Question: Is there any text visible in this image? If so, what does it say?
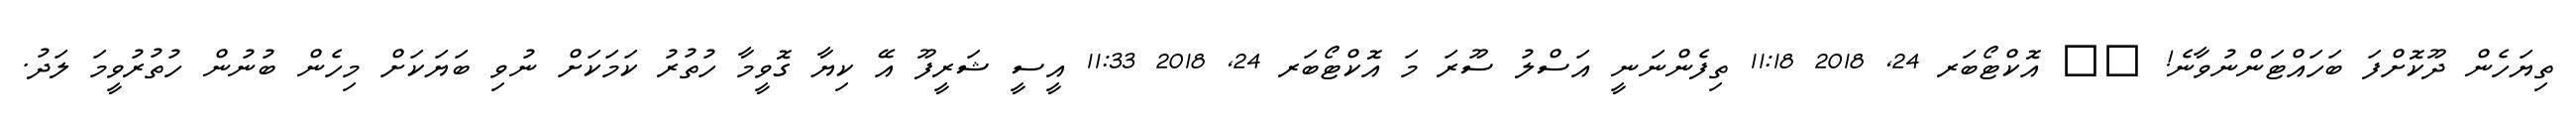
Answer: ތިޔަހެން ދޫކޮށްފަ ބަހައްޓަންނުވާނެ! ?? އޮކްޓޯބަރ 24, 2018 11:18 ތިފެންނަނީ އަސްލު ސޫރަ މަ އޮކްޓޯބަރ 24, 2018 11:33 އީސީ ޝަރީފޫ އޭ ކިޔާ ގޮވީމާ ހުތުރު ކަމަކަށް ނުވި ބަޔަކަށް މިހެން ބުނުން ހުތުރުވީމަ ލަދު.